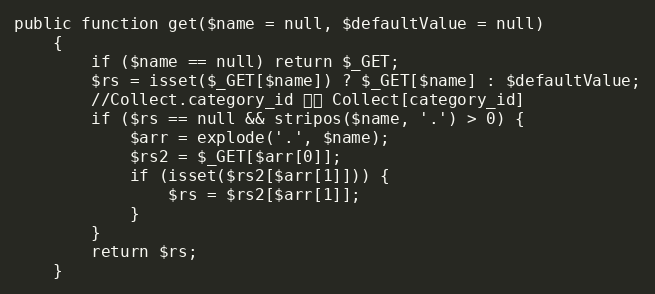
Language: PHP
public function get($name = null, $defaultValue = null)
    {
        if ($name == null) return $_GET;
        $rs = isset($_GET[$name]) ? $_GET[$name] : $defaultValue;
        //Collect.category_id 获取 Collect[category_id]
        if ($rs == null && stripos($name, '.') > 0) {
            $arr = explode('.', $name);
            $rs2 = $_GET[$arr[0]];
            if (isset($rs2[$arr[1]])) {
                $rs = $rs2[$arr[1]];
            }
        }
        return $rs;
    }